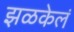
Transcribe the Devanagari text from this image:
झळकेलं